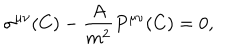
LaTeX: \sigma ^ { \mu \nu } ( C ) - { \frac { A } { m ^ { 2 } } } P ^ { \mu \nu } ( C ) = 0 ,